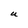
Character: U